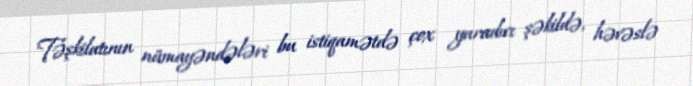
Təşkilatının nümayəndələri bu istiqamətdə çox yaradıcı şəkildə, həvəslə